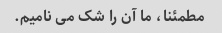
مطمئنا، ما آن را شک می نامیم.